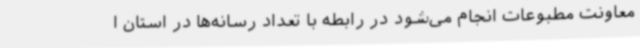
معاونت مطبوعات انجام می‌شود در رابطه با تعداد رسانه‌ها در استان ا